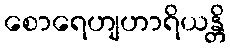
စောရေဟျဟာရိယန္တိ